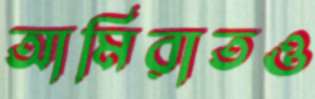
আমিরাতও